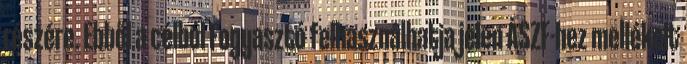
részére. Ebből a célból Fogyasztó felhasználhatja jelen ÁSZF-hez mellékelt